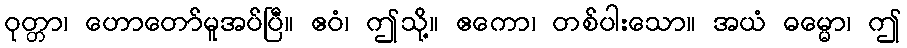
ဝုတ္တာ၊ ဟောတော်မူအပ်ပြီ။ ဧဝံ၊ ဤသို့။ ဧကော၊ တစ်ပါးသော။ အယံ ဓမ္မော၊ ဤ